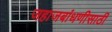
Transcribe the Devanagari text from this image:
जहाजबांधणीसाठी